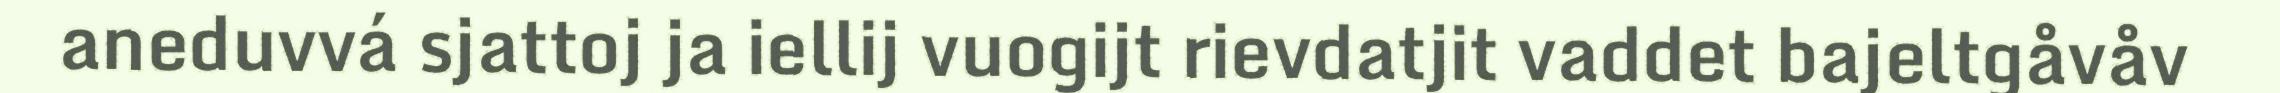
aneduvvá sjattoj ja iellij vuogijt rievdatjit vaddet bajeltgåvåv